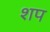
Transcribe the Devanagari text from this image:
शप